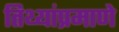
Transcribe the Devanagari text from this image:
तिथ्यांप्रमाणे